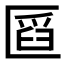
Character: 𠥒